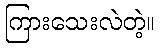
ကြားသေးလဲတဲ့။